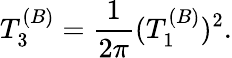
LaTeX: T_{3}^{(B)}={\frac{1}{2\pi}}(T_{1}^{(B)})^{2}.